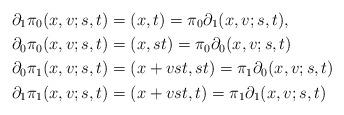
LaTeX: \begin{align*}\partial_1 \pi_0 (x,v;s,t) & = (x,t) = \pi_0 \partial_1 (x,v;s,t),\cr\partial_0 \pi_0(x,v;s,t) & = (x,st) = \pi_0 \partial_0 (x,v;s,t)\cr\partial_0 \pi_1 (x,v;s,t) & = (x+vst,st) = \pi_1 \partial_0 (x,v;s,t)\cr\partial_1 \pi_1 (x,v;s,t) & = (x+vst,t) = \pi_1 \partial_1 (x,v;s,t)\end{align*}